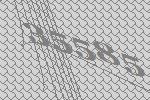
35585